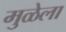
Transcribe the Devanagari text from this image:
मुळेला